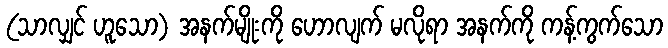
(သာလျှင် ဟူသော) အနက်မျိုးကို ဟောလျက် မလိုရာ အနက်ကို ကန့်ကွက်သော